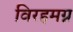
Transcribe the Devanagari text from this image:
विरहमग्न